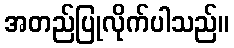
အတည်ပြုလိုက်ပါသည်။